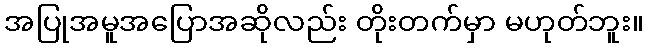
အပြုအမူအပြောအဆိုလည်း တိုးတက်မှာ မဟုတ်ဘူး။